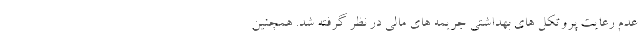
عدم رعایت پروتکل های بهداشتی جریمه های مالی در نظر گرفته شد. همچنین